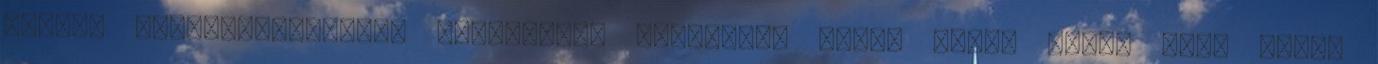
egyéni teljesítményével szereztünk vezetést, utána pedig végig sima volt,